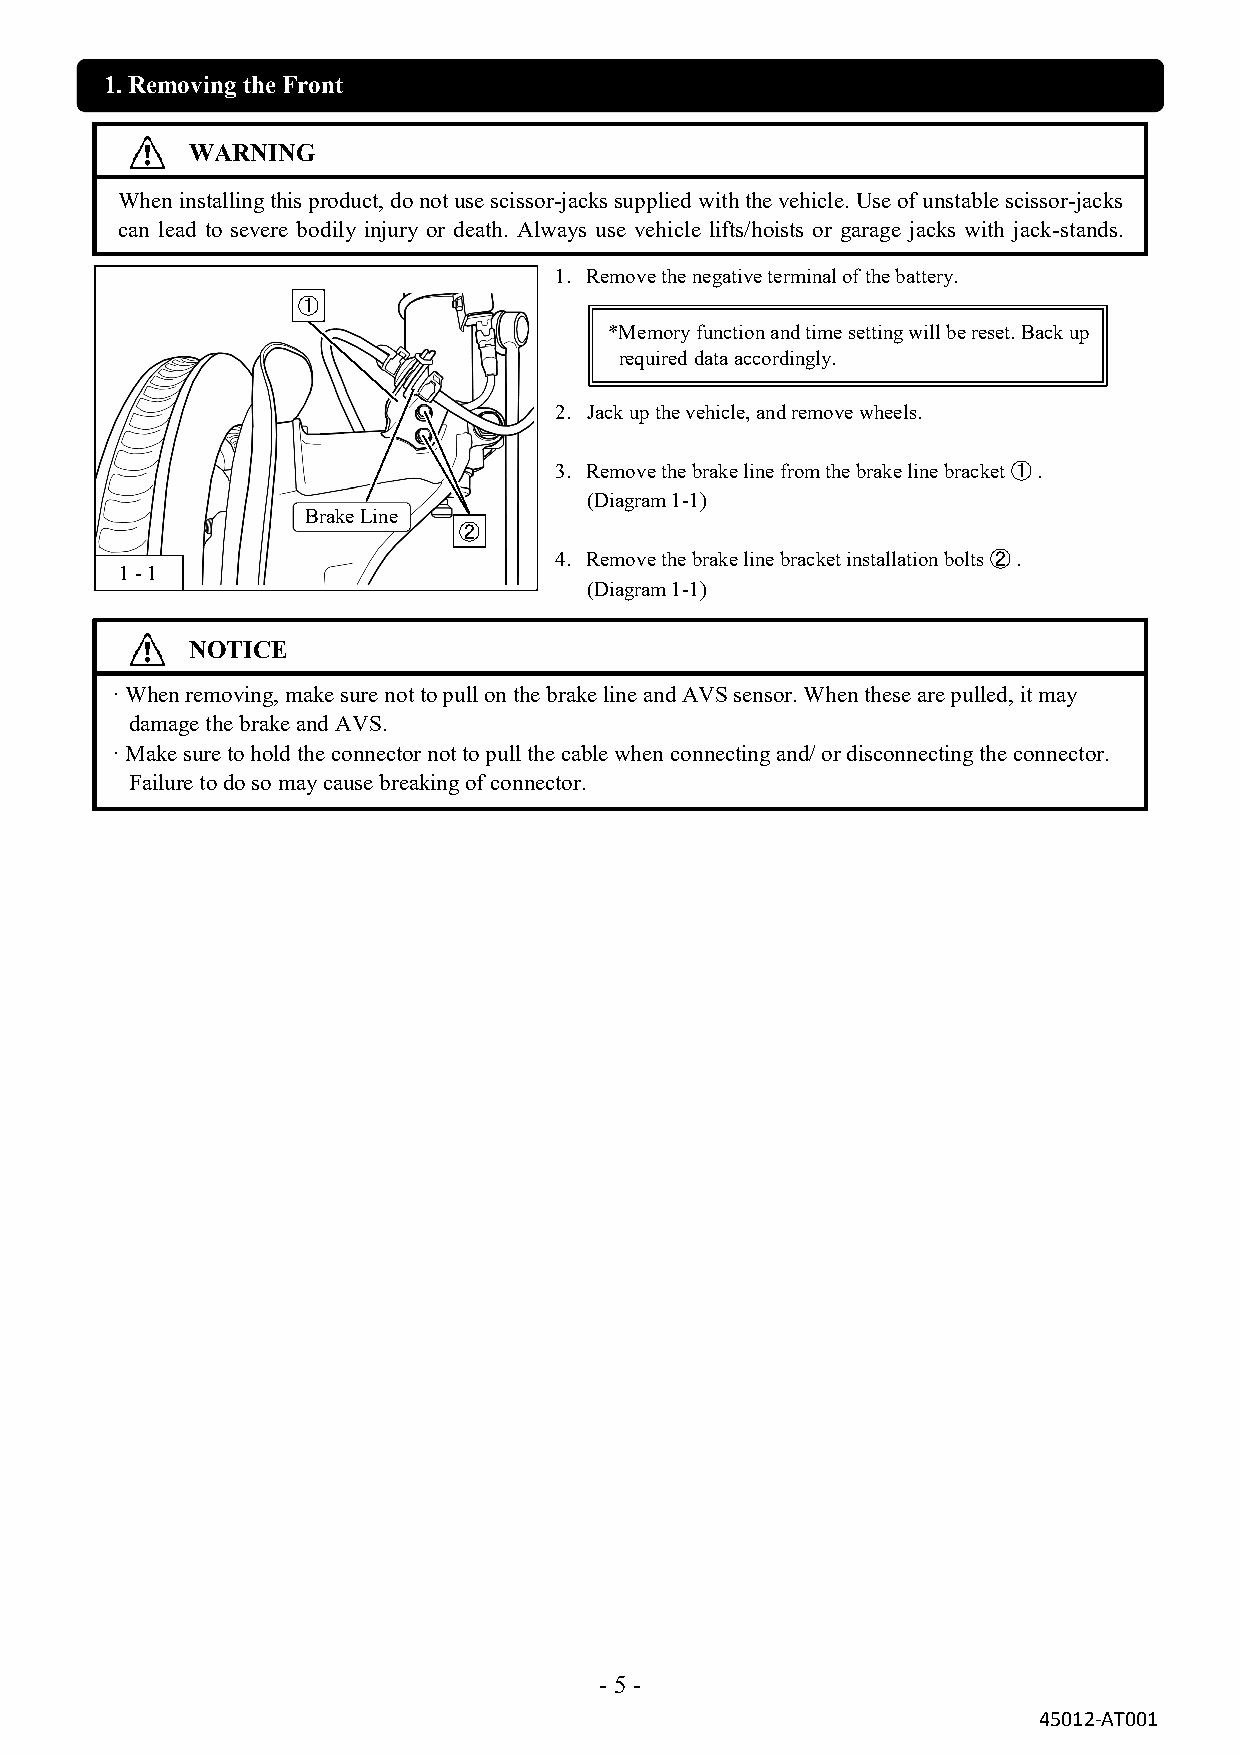
1. Removing the Front
 WARNING
 When installing this product, do not use scissor-jacks supplied with the vehicle. Use of unstable scissor-jacks
 can lead to severe bodily injury or death. Always use vehicle lifts/hoists or garage jacks with jack-stands.
 1. Remove the negative terminal of the battery.
 ①
 *Memory function and time setting will be reset. Back up
 required data accordingly.
 2. Jack up the vehicle, and remove wheels.
 3. Remove the brake line from the brake line bracket ① .
 (Diagram 1-1)
 Brake Line
 ②
 4. Remove the brake line bracket installation bolts ② .
 1 - 1
 (Diagram 1-1)
 NOTICE
 · When removing, make sure not to pull on the brake line and AVS sensor. When these are pulled, it may
 damage the brake and AVS.
 · Make sure to hold the connector not to pull the cable when connecting and/ or disconnecting the connector.
 Failure to do so may cause breaking of connector.
 - 5 -
 45012-AT001